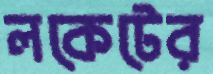
লকেটের